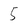
Character: 5